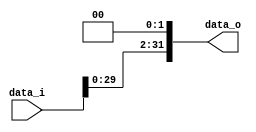
module Shift_32(
  data_i,
  data_o
);

input   [31:0]  data_i;
output  [31:0]  data_o;

assign data_o = data_i << 2 ;
//
endmodule